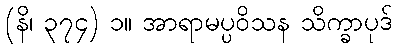
(နိ၊ ၃၇၄) ၁။ အာရာမပ္ပဝိသန သိက္ခာပုဒ်